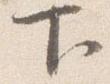
下